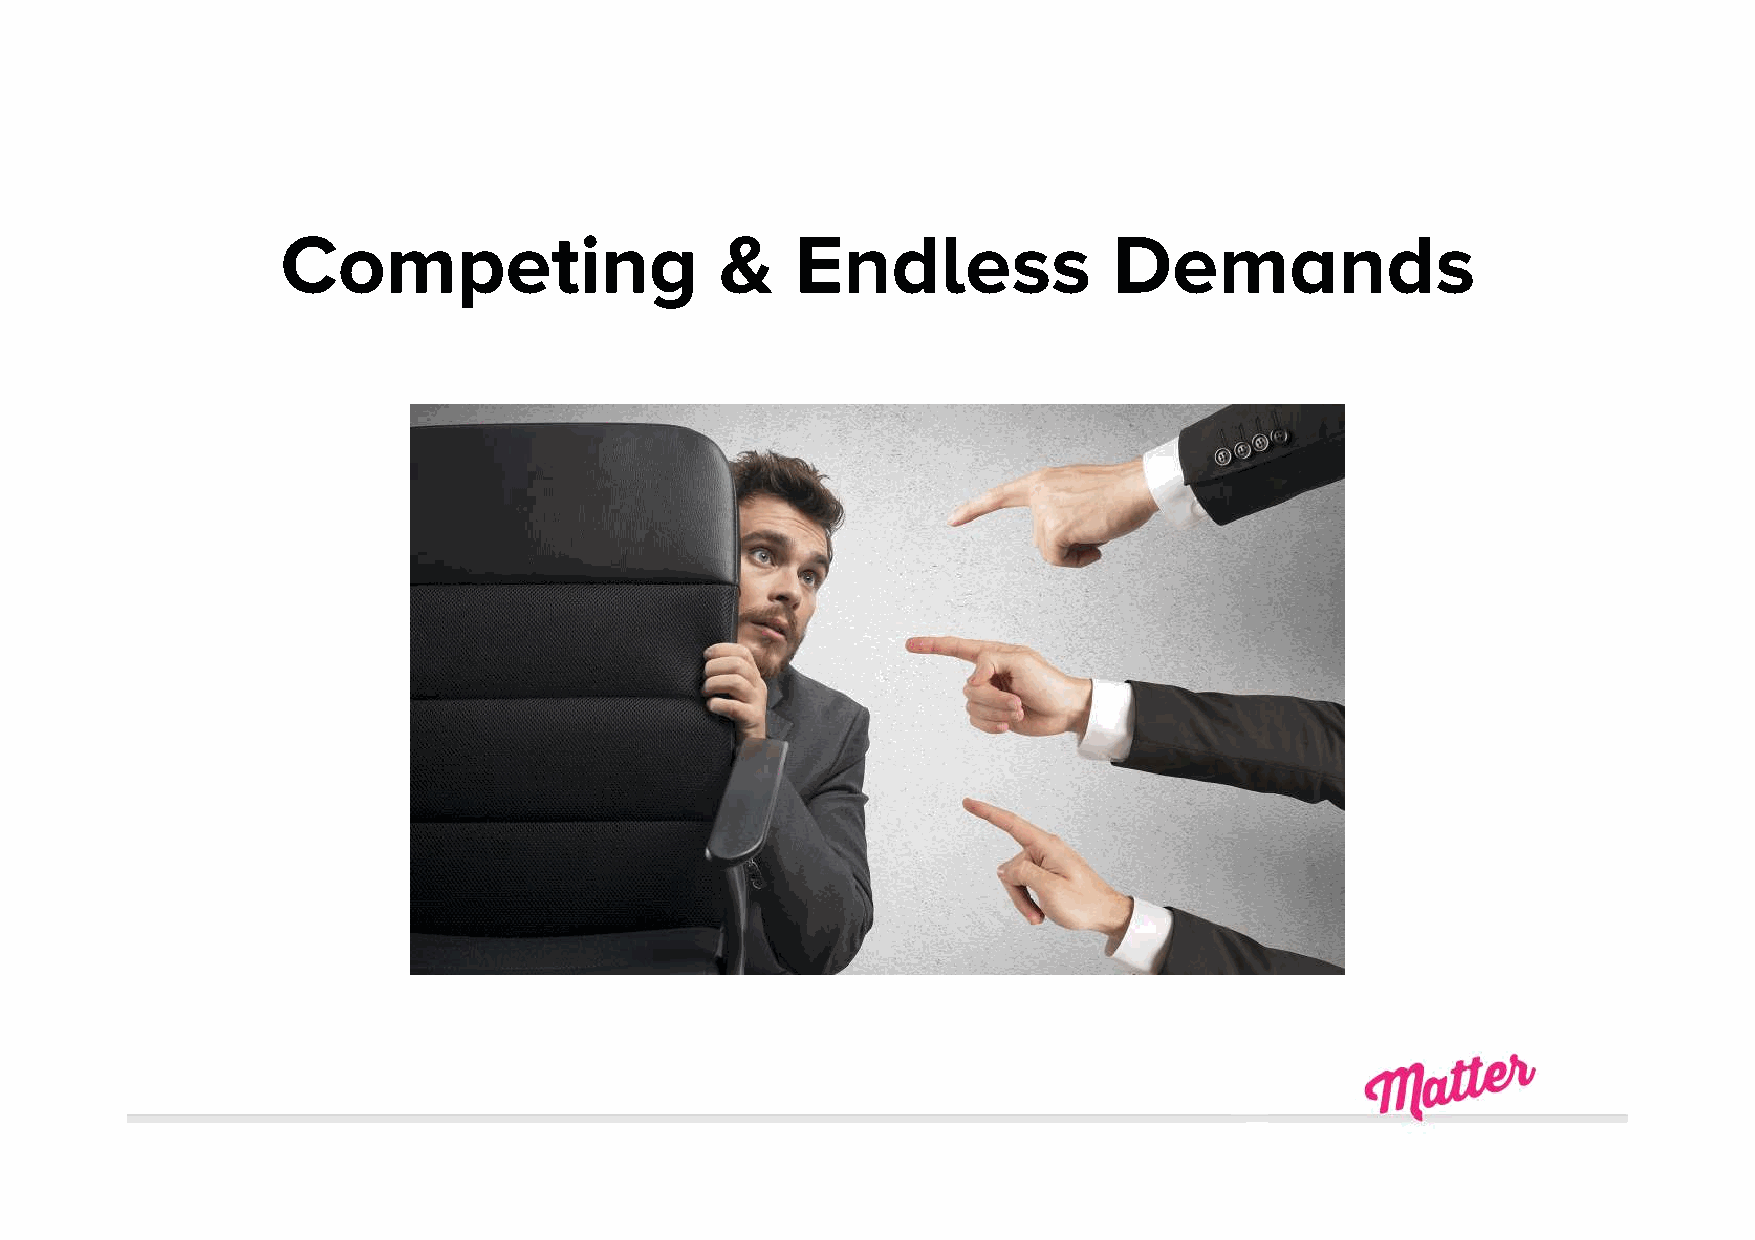
Competing                    &    Endless              Demands